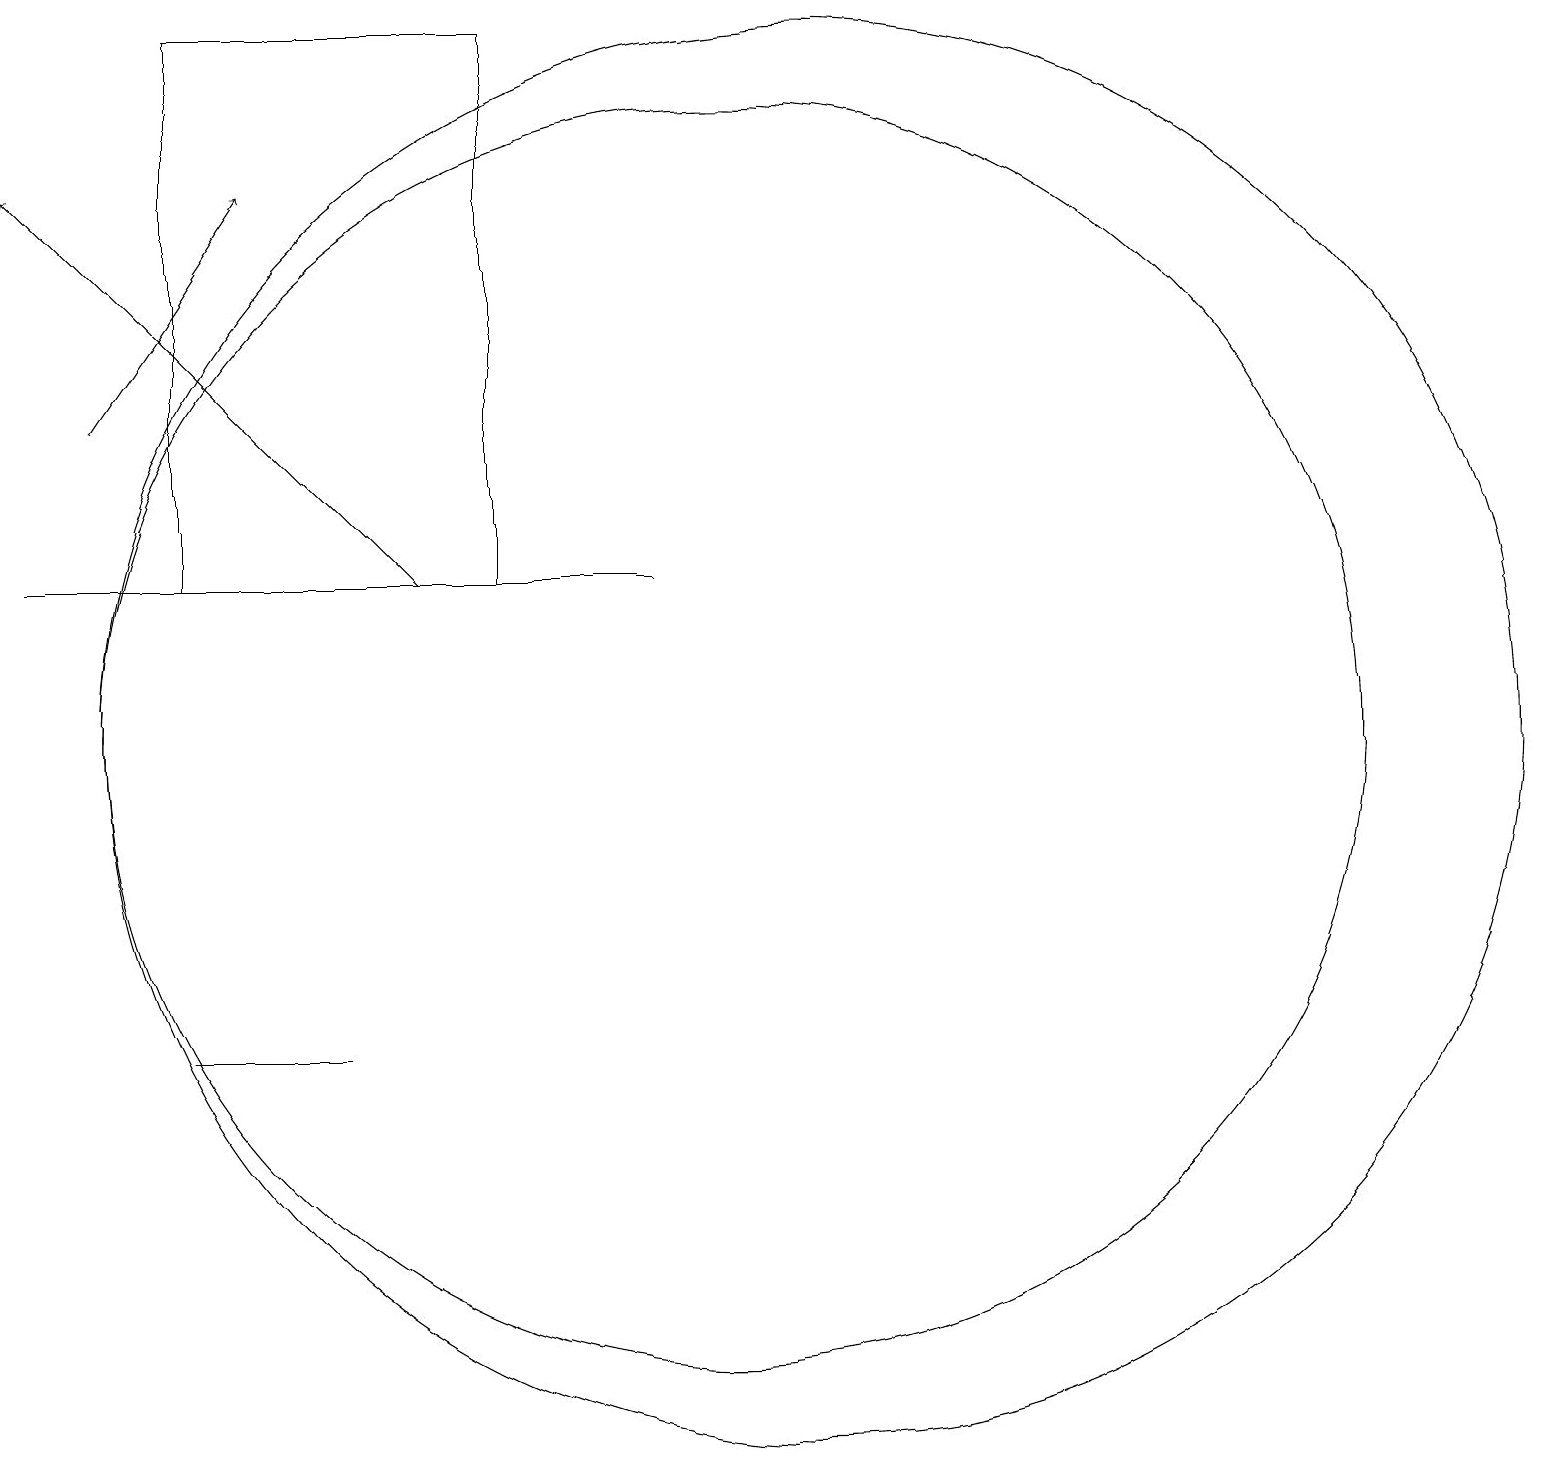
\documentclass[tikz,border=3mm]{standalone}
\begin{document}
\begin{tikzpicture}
\draw (5,6) -- (5,6) -- (3,6) -- cycle;
\draw (7,19) rectangle (3,12);
\draw (10,10) circle (8);
\draw[->] (2,14) -- (4,17);
\draw (11,10) circle (9);
\draw[->] (6,12) -- (1,17);
\draw (9,12) rectangle (1,12);
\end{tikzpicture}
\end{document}